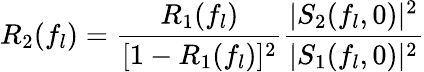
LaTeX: R_{2}(f_{l})=\frac{R_{1}(f_{l})}{[1-R_{1}(f_{l})]^{2}}\frac{|S_{2}(f_{l},0)|^{2}}{|S_{1}(f_{l},0)|^{2}}